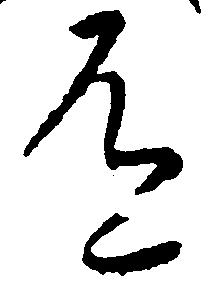
道